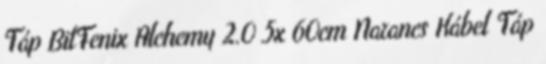
Táp BitFenix Alchemy 2.0 5x 60cm Narancs Kábel Táp